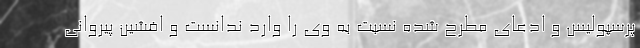
پرسپولیس و ادعای مطرح شده نسبت به وی را وارد ندانست و افشین پیروانی